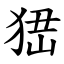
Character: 峱